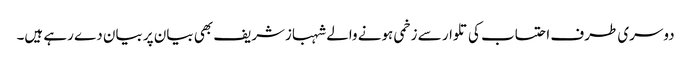
دوسری طرف احتساب کی تلوار سے زخمی ہونے والے شہبازشریف بھی بیان پر بیان دے رہے ہیں۔